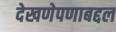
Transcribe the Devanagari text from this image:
देखणेपणाबद्दल